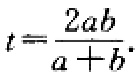
\(t=\frac{2ab}{a + b}.\)